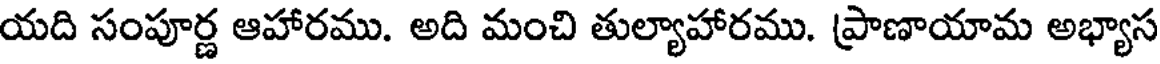
యది సంపూర్ణ ఆహారము. అది మంచి తుల్యాహారము. ప్రాణాయామ అభ్యాస